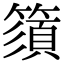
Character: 𥳗